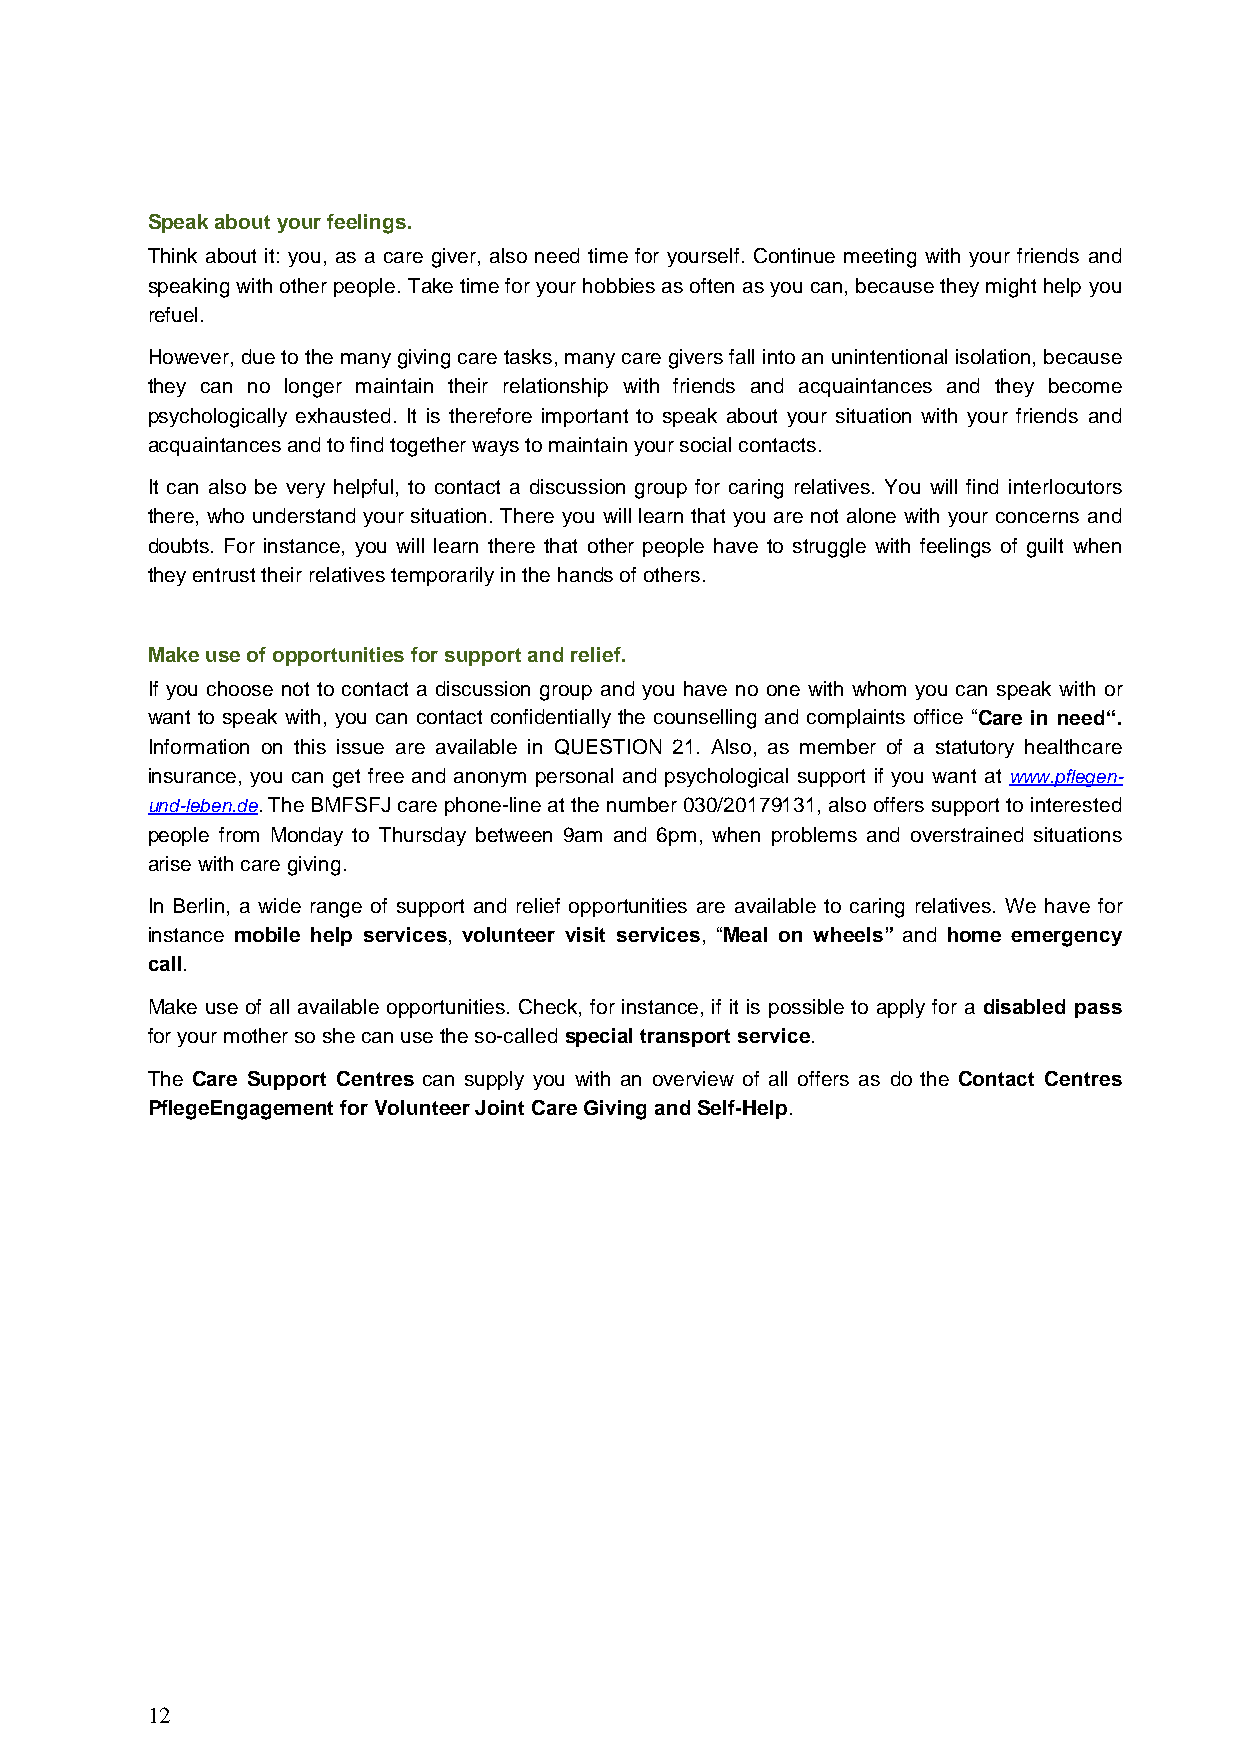
Speak about your feelings.
 Think about it: you, as a care giver, also need time for yourself. Continue meeting with your friends and
 speaking with other people. Take time for your hobbies as often as you can, because they might help you
 refuel.
 However, due to the many giving care tasks, many care givers fall into an unintentional isolation, because
 they can no longer maintain their relationship with friends and acquaintances and they become
 psychologically exhausted. It is therefore important to speak about your situation with your friends and
 acquaintances and to find together ways to maintain your social contacts.
 It can also be very helpful, to contact a discussion group for caring relatives. You will find interlocutors
 there, who understand your situation. There you will learn that you are not alone with your concerns and
 doubts. For instance, you will learn there that other people have to struggle with feelings of guilt when
 they entrust their relatives temporarily in the hands of others.
 Make use of opportunities for support and relief.
 If you choose not to contact a discussion group and you have no one with whom you can speak with or
 want to speak with, you can contact confidentially the counselling and complaints office “Care in need“.
 Information on this issue are available in QUESTION 21. Also, as member of a statutory healthcare
 insurance, you can get free and anonym personal and psychological support if you want at www.pflegen-
 und-leben.de. The BMFSFJ care phone-line at the number 030/20179131, also offers support to interested
 people from Monday to Thursday between 9am and 6pm, when problems and overstrained situations
 arise with care giving.
 In Berlin, a wide range of support and relief opportunities are available to caring relatives. We have for
 instance mobile help services, volunteer visit services, “Meal on wheels” and home emergency
 call.
 Make use of all available opportunities. Check, for instance, if it is possible to apply for a disabled pass
 for your mother so she can use the so-called special transport service.
 The Care Support Centres can supply you with an overview of all offers as do the Contact Centres
 PflegeEngagement for Volunteer Joint Care Giving and Self-Help.
 12